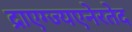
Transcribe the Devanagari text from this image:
द्राएग्ज्यएनेरतेद